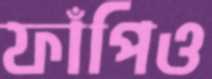
ফাঁপিও